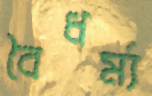
বৈধর্ম্য